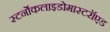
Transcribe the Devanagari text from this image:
स्टर्नोकलाइडोमास्टरॉएड